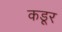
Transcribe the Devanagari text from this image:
कडूर